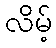
လိမ့်